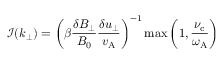
\mathcal { I } ( k _ { \perp } ) = \left( \beta \frac { \delta B _ { \perp } } { B _ { 0 } } \frac { \delta u _ { \perp } } { v _ { \mathrm { A } } } \right) ^ { - 1 } \operatorname* { m a x } \left( 1 , \frac { \nu _ { \mathrm { c } } } { \omega _ { \mathrm { A } } } \right)